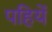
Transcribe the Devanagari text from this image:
पहियें